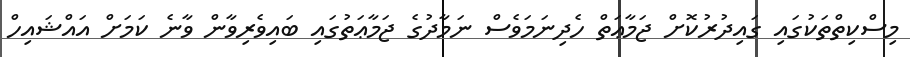
މިސްކިތްތަކުގައި ގައިދުރުކޮށް ޖަމާޢަތް ހެދިނަމަވެސް ނަމާދުގެ ޖަމާޢަތުގައި ބައިވެރިވާން ވާނެ ކަމަށް އައްޝައިހް